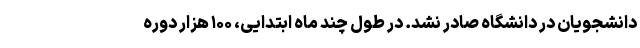
دانشجویان در دانشگاه صادر نشد. در طول چند ماه ابتدایی، ۱۰۰ هزار دوره